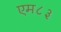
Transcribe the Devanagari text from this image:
एम८३